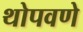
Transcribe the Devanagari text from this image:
थोपवणे